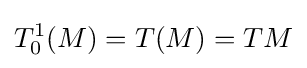
T_{0}^{1}(M)=T(M)=TM